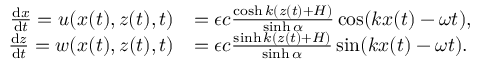
\begin{array} { r l } { \frac { \mathrm { d } x } { \mathrm { d } t } = u ( x ( t ) , z ( t ) , t ) } & { = \epsilon c \frac { \cosh k ( z ( t ) + H ) } { \sinh \alpha } \cos ( k x ( t ) - \omega t ) , } \\ { \frac { \mathrm { d } z } { \mathrm { d } t } = w ( x ( t ) , z ( t ) , t ) } & { = \epsilon c \frac { \sinh k ( z ( t ) + H ) } { \sinh \alpha } \sin ( k x ( t ) - \omega t ) . } \end{array}